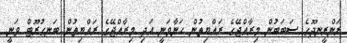
ރަންރީނދޫގެ ސަބަބުން މިރާއްޖޭގެ ރައްޔިތުން ހަނާވަނީ އަދި މިރާއްޖޭގެ ރައްޔިތުން ބަނގުރޫޓް ވަނީ